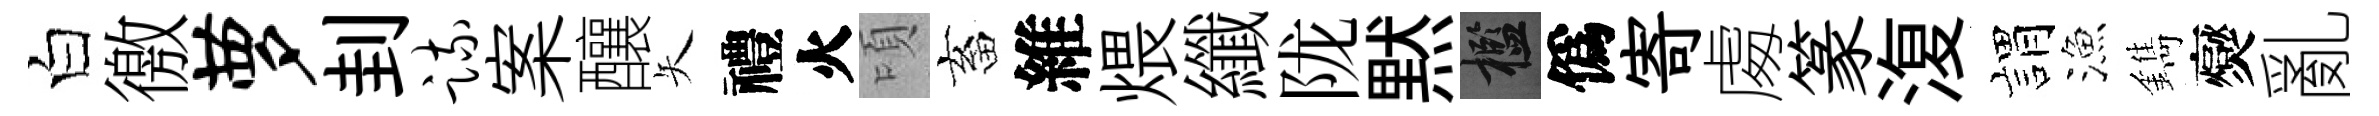
白徼萝刲疏案釀矢禮火頃畜維煨纖陇黙檻僞寄䖏篆𣸪娟漁鐫爕亂